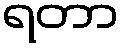
ရတာ